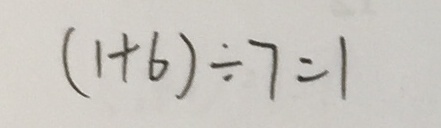
( 1 + 6 ) \div 7 = 1